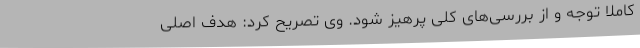
کاملاً توجه و از بررسی‌های کلی پرهیز شود. وی تصریح کرد: هدف اصلی